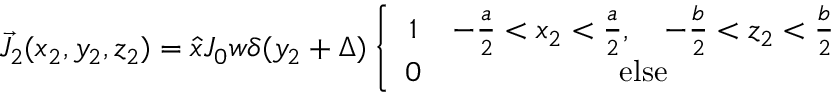
\vec { J } _ { 2 } ( x _ { 2 } , y _ { 2 } , z _ { 2 } ) = \hat { x } J _ { 0 } w \delta ( y _ { 2 } + \Delta ) \left\{ \begin{array} { c c } { 1 } & { - \frac { a } { 2 } < x _ { 2 } < \frac { a } { 2 } , \quad - \frac { b } { 2 } < z _ { 2 } < \frac { b } { 2 } } \\ { 0 } & { \mathrm { e l s e } } \end{array} \right.